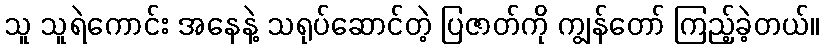
သူ သူရဲကောင်း အနေနဲ့ သရုပ်ဆောင်တဲ့ ပြဇာတ်ကို ကျွန်တော် ကြည့်ခဲ့တယ်။